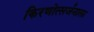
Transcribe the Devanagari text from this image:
किरणोत्सर्जनाला